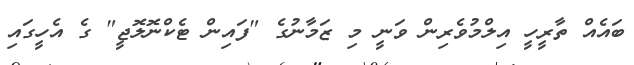
ބައެއް ތާރީހީ އިލްމުވެރިން ވަނީ މި ޒަމާނުގެ "ފައިން ޓެކްނޮލޮޖީ" ގެ އެހީގައި